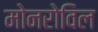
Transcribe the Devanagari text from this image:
मोनरोविल